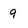
Character: 9